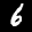
Label: 6